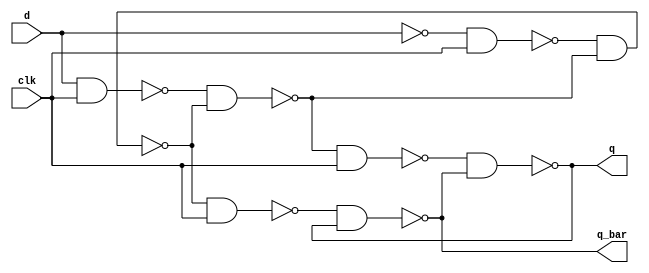
module dflip(q, q_bar, d, clk);
	output wire q, q_bar;
	input wire d, clk;
	
	wire d_bar;
	wire outnand1, outnand2, outnand3, outnand4, outnand5, outnand6;
	not notd(d_bar, d);
	nand nand1(outnand1, d, clk);
	nand nand2(outnand2, d_bar, clk);
	nand nand3(outnand3, outnand1, outnand4);
	nand nand4(outnand4, outnand2, outnand3);
	nand nand5(outnand5, outnand3, clk);
	nand nand6(outnand6, outnand4, clk);
	nand nand7(q, outnand5, q_bar);
	nand nand8(q_bar, outnand6, q);
	
endmodule